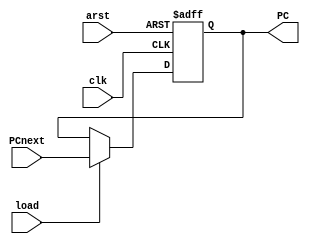
module PCreg(
		input [31:0] PCnext,
		input clk, arst, load,
		output reg [31:0] PC);
		
	always @(posedge clk, negedge arst)
	begin
		if (!arst) begin
			PC <= 32'b0;
		end
		else if (load) begin
			PC <= PCnext;
		end
	end
	
endmodule